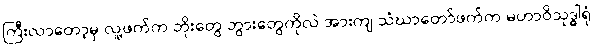
ကြီးလာတော့မှ လူ့ဖက်က ဘိုးတွေ ဘွားတွေကိုလဲ အားကျ သံဃာတော်ဖက်က မဟာဝိသုဒ္ဓါရုံ